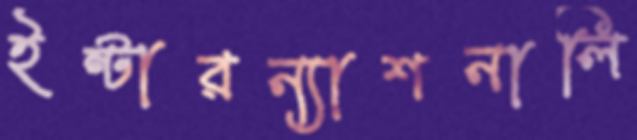
ইন্টারন্যাশনালি